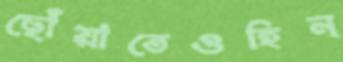
ছোঁয়াতেওহিন্